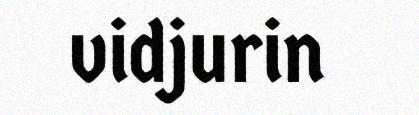
vidjurin